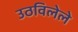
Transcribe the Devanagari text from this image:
उठविलेले